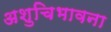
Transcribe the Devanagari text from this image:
अशुचिभावना